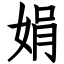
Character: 娟